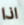
اذا